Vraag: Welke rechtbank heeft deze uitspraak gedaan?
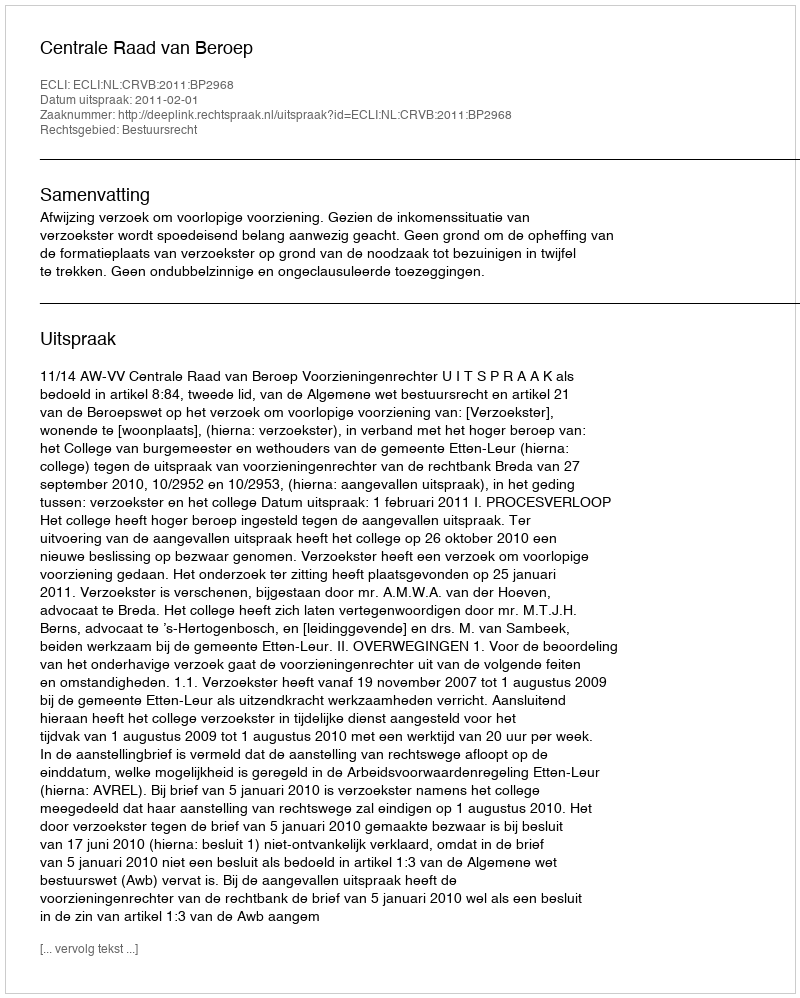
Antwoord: Centrale Raad van Beroep